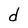
Character: d